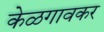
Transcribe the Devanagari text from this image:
केळगावकर